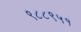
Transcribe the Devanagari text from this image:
९८८९५१